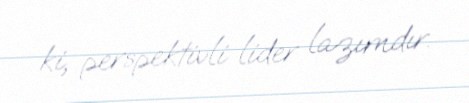
ki, perspektivli lider lazımdır.